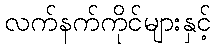
လက်နက်ကိုင်များနှင့်